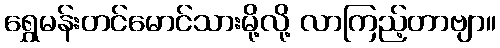
ရွှေမန်းတင်မောင်သားမို့လို့ လာကြည့်တာဗျာ။